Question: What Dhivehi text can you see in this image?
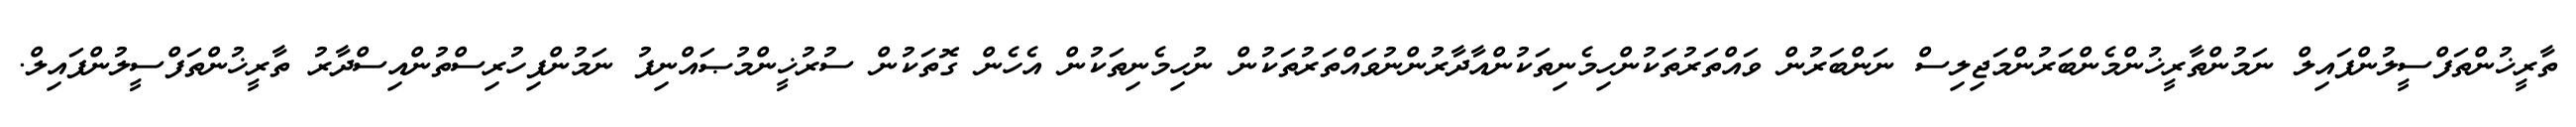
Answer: ތާރީޚުންތަފްސީލުންފައިލް ނަމުންތާރީޚުންމެންބަރުންމަޖިލިސް ނަންބަރުން ވައްތަރުތަކުންހިމެނިތަކުންއާދާރުންނުވައްތަރުތަކުން ނުހިމެނިތަކުން އެހެން ގޮތަކުން ސުރުޚީންމުޞައްނިފު ނަމުންފިހުރިސްތުންއިސްދާރު ތާރީޚުންތަފްސީލުންފައިލް.